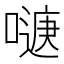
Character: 𭊹